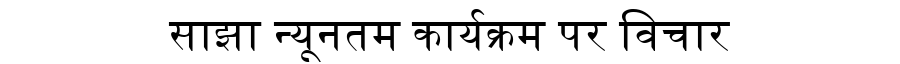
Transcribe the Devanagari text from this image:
साझा न्यूनतम कार्यक्रम पर विचार